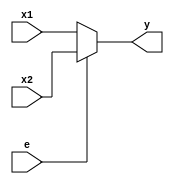
module mux2#(
	parameter width = 32
)(
	input [width-1:0] x1, x2,
	input e,
	output [width-1:0] y
);

assign y = e ? x2 : x1;

endmodule

module mux4#(
	parameter width = 32
)(
	input [width-1:0] x1, x2, x3, x4,
	input [1:0]	e,
	output [width-1:0] y
);

wire [width-1:0] t1, t2;

mux2#(width) m1(x1, x2, e[0], t1);
mux2#(width) m2(x3, x4, e[0], t2);
mux2#(width) m3(t1, t2, e[1], y);

endmodule

module mux8#(
	parameter width = 32
)(
	input [width-1:0] x1, x2, x3, x4, x5, x6, x7, x8,
	input [2:0]	e,
	output [width-1:0] y
);

wire [width-1:0] t1, t2;

mux4#(width) m1(x1, x2, x3, x4, e[1:0], t1);
mux4#(width) m2(x5, x6, x7, x8, e[1:0], t2);
mux2#(width) m3(t1, t2, e[2], y);

endmodule